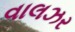
વાલઝર